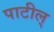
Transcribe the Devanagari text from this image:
पाटील्